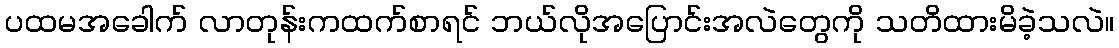
ပထမအခေါက် လာတုန်းကထက်စာရင် ဘယ်လိုအပြောင်းအလဲတွေကို သတိထားမိခဲ့သလဲ။